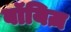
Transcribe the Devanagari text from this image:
बॉयिज़